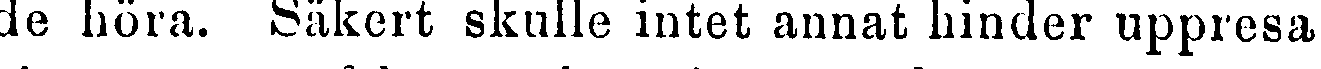
de höra. Säkert skulle intet annat hinder uppresa